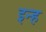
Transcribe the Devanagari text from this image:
इन्ह